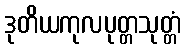
ဒုတိယကုလပုတ္တသုတ္တံ